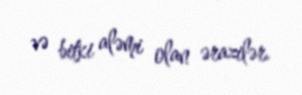
və bitki aləmi olan ərazilər.